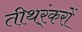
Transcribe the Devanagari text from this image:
तीथर्ंकरों